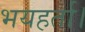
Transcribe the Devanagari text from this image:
भयहर्ता।